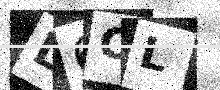
Text: L6CL